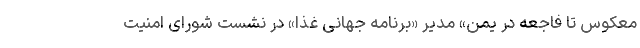
معکوس تا فاجعه در یمن» مدیر «برنامه جهانی غذا» در نشست شورای امنیت